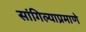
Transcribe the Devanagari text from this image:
सांगिल्याप्रमाणे